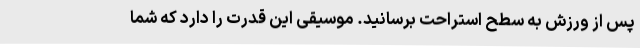
پس از ورزش به سطح استراحت برسانید. موسیقی این قدرت را دارد که شما